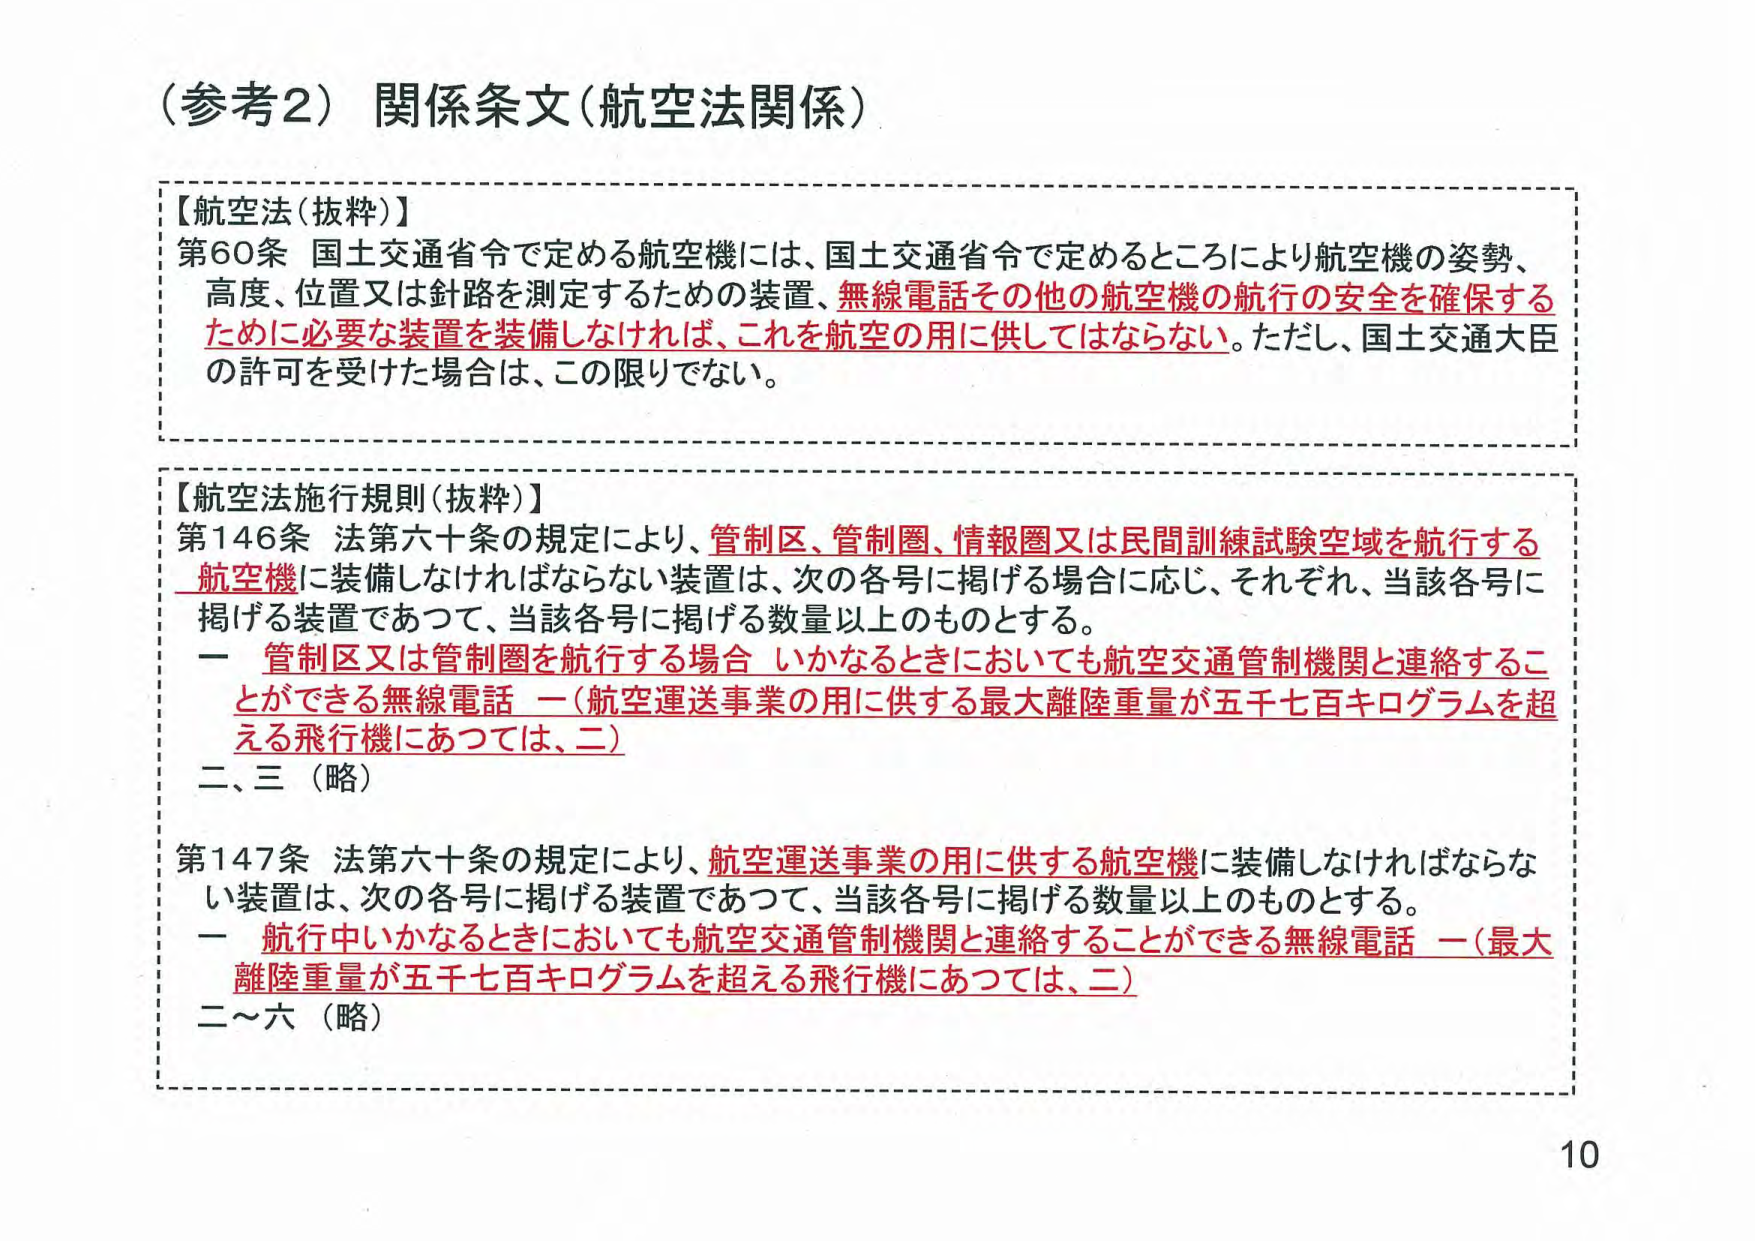
（参考2）関係条文（航空法関係）

【航空法（抜粋）】
第60条 国土交通省令で定める航空機には、国土交通省令で定めるところにより航空機の姿勢、
高度、位置又は針路を測定するための装置、無線電話その他の航空機の航行の安全を確保する
ために必要な装置を装備しなければ、これを航空の用に供してはならない。ただし、国土交通大臣
の許可を受けた場合は、この限りでない。

【航空法施行規則（抜粋）】
第146条 法第六十条の規定により、管制区、管制圏、情報圏又は民間訓練試験空域を航行する
航空機に装備しなければならない装置は、次の各号に掲げる場合に応じ、それぞれ、当該各号に
掲げる装置であつて、当該各号に掲げる数量以上のものとする。
　一 管制区又は管制圏を航行する場合 いかなるときにおいても航空交通管制機関と連絡するこ
　　とができる無線電話 一（航空運送事業の用に供する最大離陸重量が五千七百キログラムを超
　　える飛行機にあつては、二）
　二、三（略）

第147条 法第六十条の規定により、航空運送事業の用に供する航空機に装備しなければならな
い装置は、次の各号に掲げる装置であつて、当該各号に掲げる数量以上のものとする。
　一 航行中いかなるときにおいても航空交通管制機関と連絡することができる無線電話 一（最大
　　離陸重量が五千七百キログラムを超える飛行機にあつては、二）
　二～六（略）

10